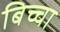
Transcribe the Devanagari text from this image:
बिच्चा